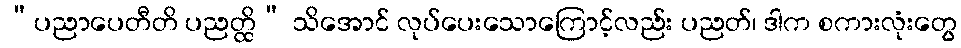
“ပညာပေတီတိ ပညတ္ထိ” သိအောင် လုပ်ပေးသောကြောင့်လည်း ပညတ်၊ ဒါက စကားလုံးတွေ